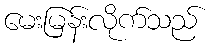
မေးမြန်းလိုက်သည်